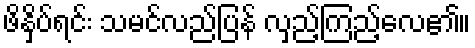
ဖိနှိပ်ရင်း သမင်လည်ပြန် လှည့်ကြည့်လေ၏။